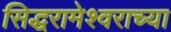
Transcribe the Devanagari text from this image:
सिद्धरामेश्वराच्या